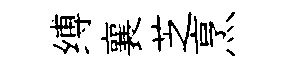
缚襄芝烹